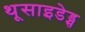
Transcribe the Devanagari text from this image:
थूसाइडेड्स